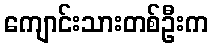
ကျောင်းသားတစ်ဦးက